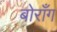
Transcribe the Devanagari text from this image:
बोराँग